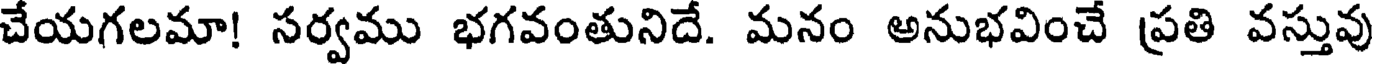
చేయగలమా! సర్వము భగవంతునిదే. మనం అనుభవించే ప్రతి వస్తువు